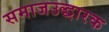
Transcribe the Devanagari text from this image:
समाजउद्धारक